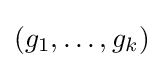
(g_{1},\ldots ,g_{k})